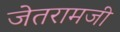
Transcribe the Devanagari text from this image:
जेतरामजी